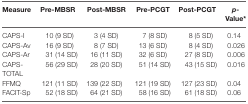
<table><thead><tr><td><b>Measure</b></td><td><b>Pre-MBSR</b></td><td><b>Post-MBSR</b></td><td><b>Pre-PCGT</b></td><td><b>Post-PCGT</b></td><td><b><i>p</i>-Value*</b></td></tr></thead><tbody><tr><td>CAPS-I</td><td>10 (9 SD)</td><td>3 (4 SD)</td><td>7 (8 SD)</td><td>8 (5 SD)</td><td>0.14</td></tr><tr><td>CAPS-Av</td><td>16 (9 SD)</td><td>8 (7 SD)</td><td>13 (6 SD)</td><td>8 (4 SD)</td><td>0.026</td></tr><tr><td>CAPS-Ar</td><td>31 (14 SD)</td><td>16 (11 SD)</td><td>32 (6 SD)</td><td>27 (8 SD)</td><td>0.006</td></tr><tr><td>CAPS-TOTAL</td><td>56 (29 SD)</td><td>28 (20 SD)</td><td>51 (14 SD)</td><td>43 (15 SD)</td><td>0.016</td></tr><tr><td>FFMQ</td><td>121 (11 SD)</td><td>139 (22 SD)</td><td>121 (19 SD)</td><td>127 (23 SD)</td><td>0.04</td></tr><tr><td>FACIT-Sp</td><td>52 (18 SD)</td><td>64 (21 SD)</td><td>58 (16 SD)</td><td>61 (18 SD)</td><td>0.06</td></tr></tbody></table>